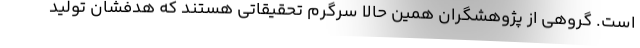
است. گروهی از پژوهشگران همین حالا سرگرم تحقیقاتی هستند که هدفشان تولید